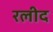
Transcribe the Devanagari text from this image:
रलीद